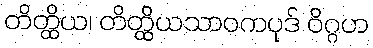
တိတ္ထိယ၊ တိတ္ထိယသာဝကပုဒ် ဝိဂ္ဂဟ